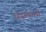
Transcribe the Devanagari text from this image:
हिंदुस्तानची